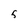
Character: 5